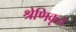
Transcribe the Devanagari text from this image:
श्रेणिकृत